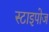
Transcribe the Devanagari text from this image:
स्टाइपोज